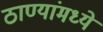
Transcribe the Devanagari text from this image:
ठाण्यांमध्ये